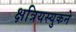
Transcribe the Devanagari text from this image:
क्षत्रियस्युकने